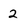
Character: 2